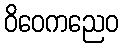
ဝိဝေကညေဝ